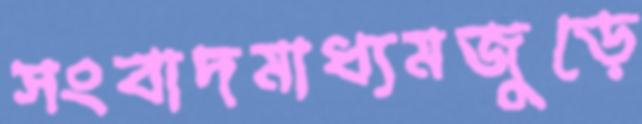
সংবাদমাধ্যমজুড়ে